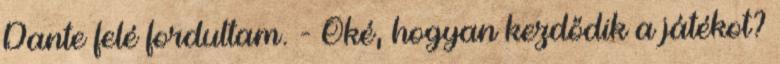
Dante felé fordultam. - Oké, hogyan kezdődik a játékot?